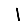
Digit: 1